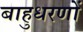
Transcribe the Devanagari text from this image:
बाहुधरणों